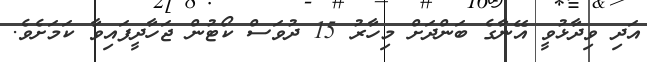
އަދި ވިދާޅުވީ އޭނާގެ ބަންދަށް މިހާރު 15 ދުވަސް ކޯޓުން ޖަހާދީފައިވާ ކަމަށެވެ.